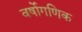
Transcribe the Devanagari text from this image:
वर्षोगणिक